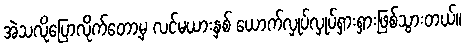
အဲသလိုပြောလိုက်တော့မှ လင်မယားနှစ် ယောက်လှုပ်လှုပ်ရှားရှားဖြစ်သွားတယ်။